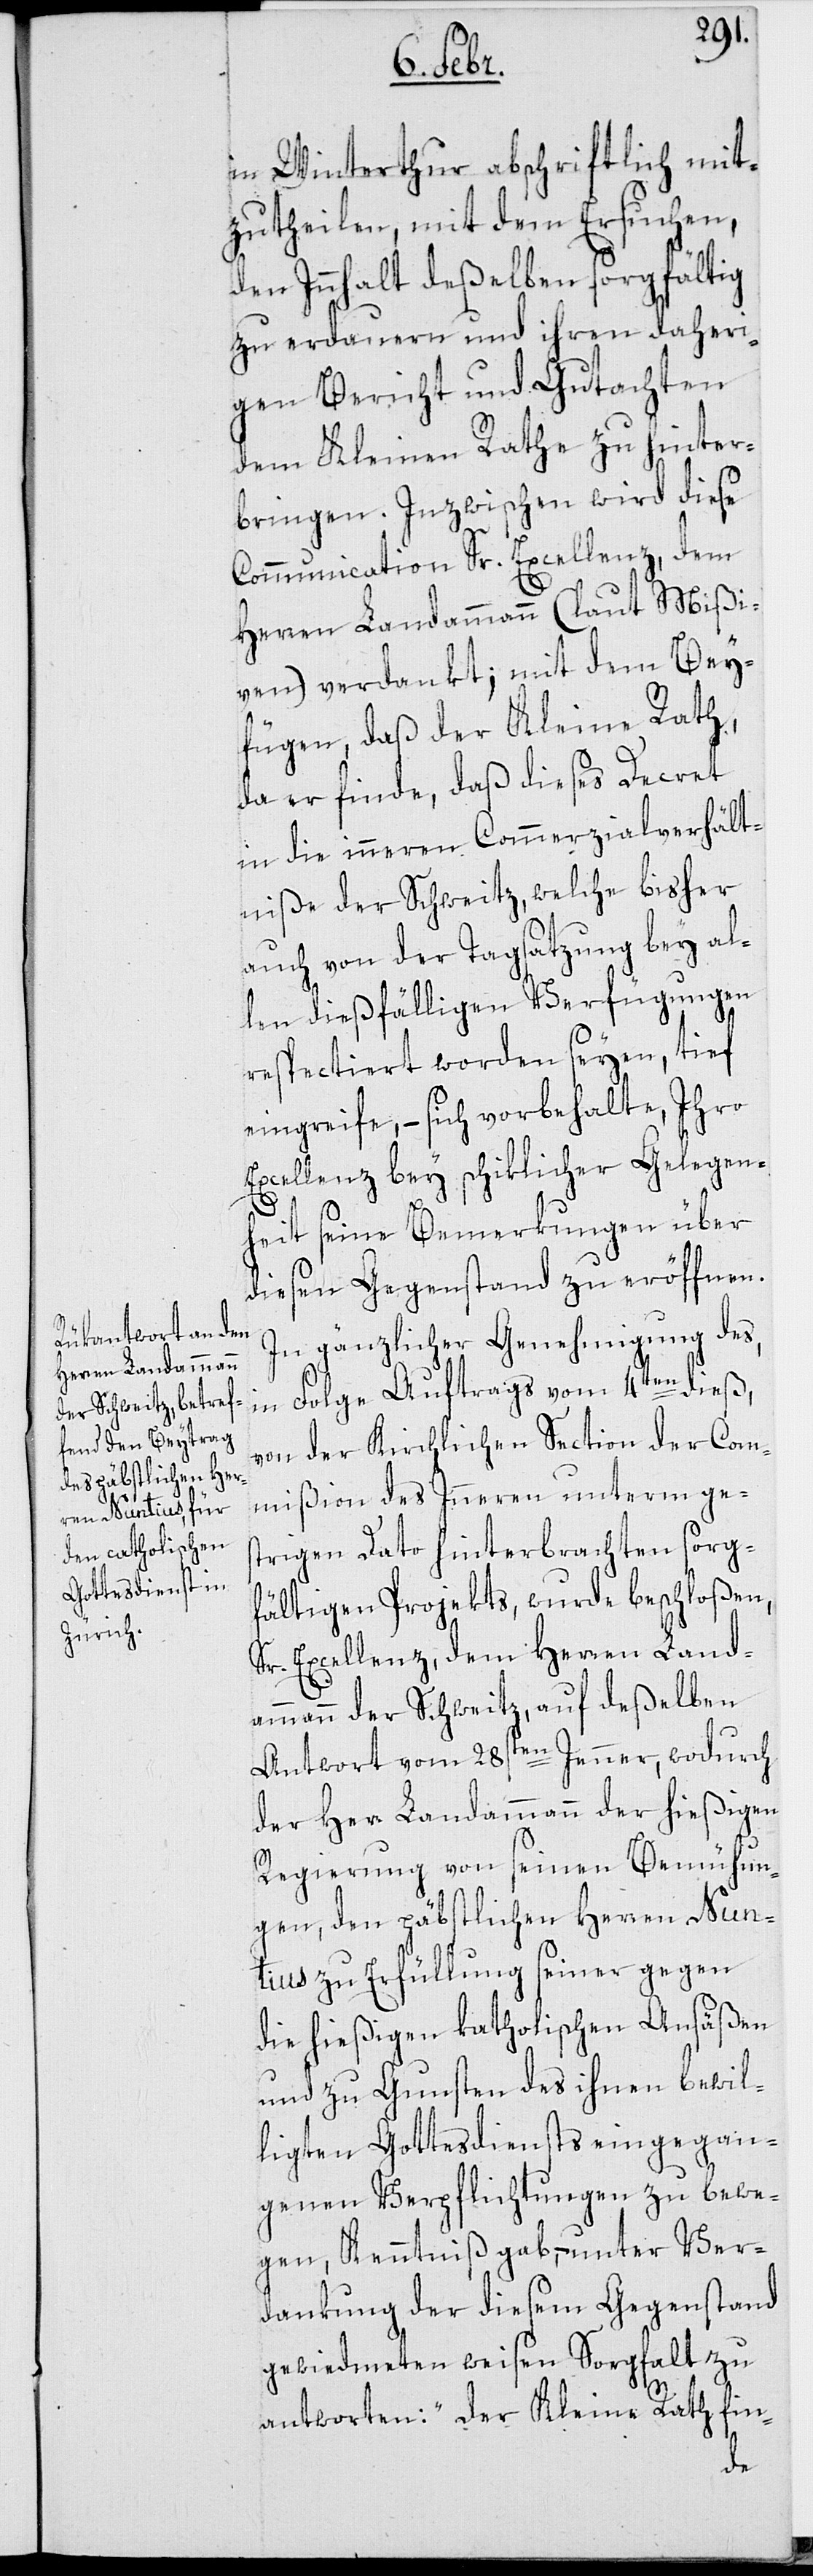
in Winterthur abschriftlich mit¬
zutheilen, mit dem Ersuchen,
den Innhalt deßelben sorgfältig
zu erdauern und ihren daheri¬
gen Bericht und Gutachten
dem Kleinen Rathe zu hinter¬
bringen. Inzwischen wird diese
Communication Sr. Excellenz dem
Herren Landammann (laut Mißi¬
ven) verdankt; mit dem Bey¬
fügen, daß der Kleine Rath,
da er finde, daß dieses Decret
in die inneren Commerzialverhält¬
niße der Schweitz, welche bisher
auch von der Tagsatzung bey al¬
len dießfälligen Verfügungen
respectiert worden seyen, tief
eingreife, – sich vorbehalte, Ihro
Excellenz bey schiklicher Gelegen¬
heit seine Bemerkungen über
diesen Gegenstand zu eröffnen.
In gänzlicher Genehmigung des,
in Folge Auftrags vom 4ten dieß,
von der Kirchlichen Section der Com¬
mißion des Inneren unterm ges¬
trigen Dato hinterbrachten sorg¬
fältigen Projekts, wurde beschloßen,
Sr. Excellenz dem Herren Land¬
ammann der Schweitz, auf deßelben
Antwort vom 28sten Jenner, wodurch
der Herr Landammann der hießigen
Regierung von seinen Bemühun¬
gen, den päbstlichen Herren Nunti¬
us zu Erfüllung seiner gegen
die hießigen katholischen Ansäßen
und zu Gunsten des ihnen bewil¬
ligten Gottesdiensts eingegan¬
genen Verpflichtungen zu bewe¬
gen, Kenntniß gab, – unter Ver¬
dankung der diesem Gegenstand
gewiedmeten weisen Sorgfalt zu
antworten: „Der Kleine Rath fin-